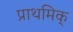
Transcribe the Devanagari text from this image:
प्राथमिक्